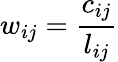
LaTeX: w_{ij}=\frac{c_{ij}}{l_{ij}}